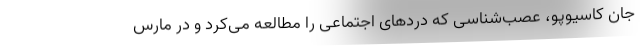
جان کاسیوپو، عصب‌شناسی که دردهای اجتماعی را مطالعه می‌کرد و در مارس